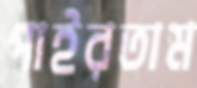
পাইরতাম